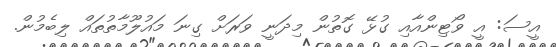
އީސަ: އީ ވޯޓިންއާއި ގުޅޭ ގޮތުން މިދަނީ ވަރަށް ގިނަ މައުލޫމާތުތައް ލިބެމުން.